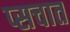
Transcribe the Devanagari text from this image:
प्सचात